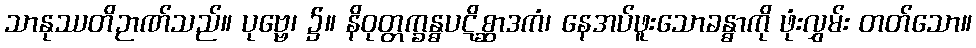
သာနုဿတိဉာဏ်သည်။ ပုဗ္ဗေ၊ ၌။ နိဝုတ္တက္ခန္ဓပဋိစ္ဆာဒကံ၊ နေအပ်ဖူးသောခန္ဓာကို ဖုံးလွှမ်း တတ်သော။